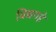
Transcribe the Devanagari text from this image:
विद्यमहे